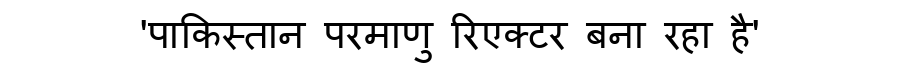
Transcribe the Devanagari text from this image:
'पाकिस्तान परमाणु रिएक्टर बना रहा है'